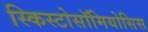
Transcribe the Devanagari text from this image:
स्किस्टोसॉमियोसिस